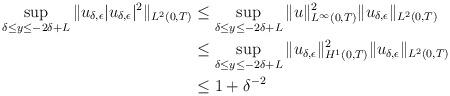
LaTeX: \begin{align*}\sup_{\delta\leq y\leq -2\delta +L}\|u_{\delta,\epsilon}|u_{\delta,\epsilon}|^2\|_{L^2(0,T)}&\leq \sup_{\delta\leq y\leq -2\delta +L} \|u\|^2_{L^{\infty}(0,T)}\|u_{\delta,\epsilon}\|_{L^{2}(0,T)}\\&\leq \sup_{\delta\leq y\leq -2\delta +L} \|u_{\delta,\epsilon}\|_{H^1(0,T)}^2\|u_{\delta,\epsilon}\|_{L^{2}(0,T)}\\&\leq 1+\delta^{-2}\end{align*}